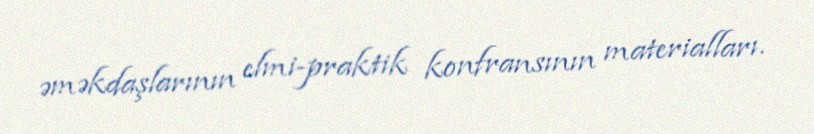
əməkdaşlarının elmi-praktik konfransının materialları.